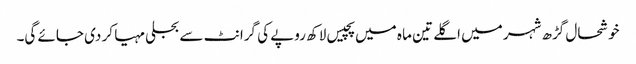
خوشحال گڑھ شہر میں اگلے تین ما ہ میں پچیس لاکھ روپے کی گرانٹ سے بجلی مہیا کر دی جائے گی۔